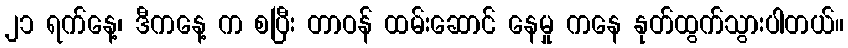
၂၁ ရက်နေ့၊ ဒီကနေ့ က စပြီး တာဝန် ထမ်းဆောင် နေမှု ကနေ နုတ်ထွက်သွားပါတယ်။